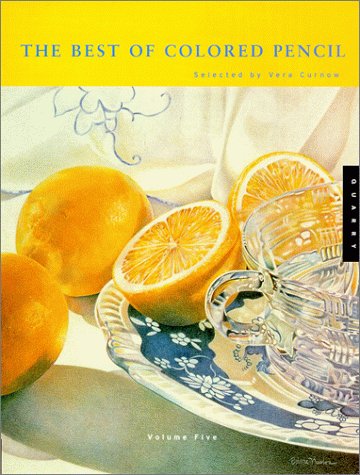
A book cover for The Best of Colored Pencil 5 (No.5); Arts & Photography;